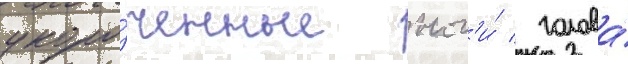
укоро́ченные ног'и́ / голова́